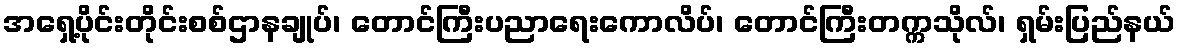
အရှေ့ပိုင်းတိုင်းစစ်ဌာနချုပ်၊ တောင်ကြီးပညာရေးကောလိပ်၊ တောင်ကြီးတက္ကသိုလ်၊ ရှမ်းပြည်နယ်